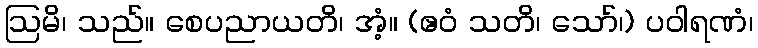
ဩမိ၊ သည်။ စေပညာယတိ၊ အံ့။ (ဧဝံ သတိ၊ သော်၊) ပဝါရဏံ၊